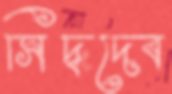
সিদ্ধদেব